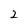
Character: 2